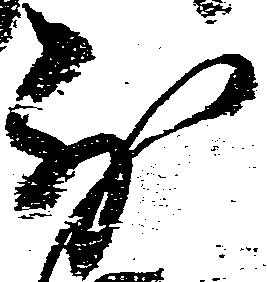
別